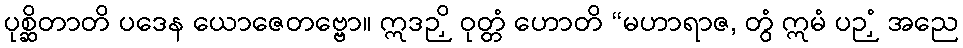
ပုစ္ဆိတာတိ ပဒေန ယောဇေတဗ္ဗော။ ဣဒဉှိ ဝုတ္တံ ဟောတိ “မဟာရာဇ, တွံ ဣမံ ပဉှံ အညေ